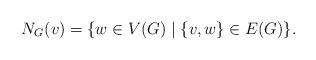
LaTeX: \begin{align*}N_G(v) = \{ w \in V(G) \mid \{v,w\} \in E(G)\}.\end{align*}